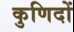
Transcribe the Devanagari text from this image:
कुणिदों